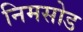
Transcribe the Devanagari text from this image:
निमसोड